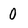
Character: 0